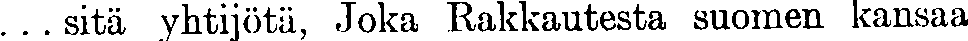
...sitä yhtijötä, Joka Rakkautesta suomen kansaa